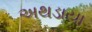
અથડાયા